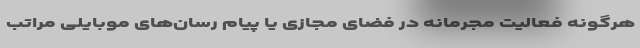
هرگونه فعالیت مجرمانه در فضای مجازی یا پیام رسان‌های موبایلی مراتب